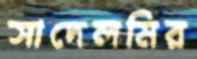
সাদেলমির